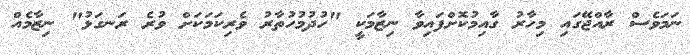
ނަމަވެސް ރާއްޖޭގައި މިހާރު ގާއިމުކޮށްފައިވާ ނިޒާމަކީ "ހުދުމުހުތާރު ވެރިކަމަކަށް ވުރެ ރަނގަޅު" ނިޒާމެއް